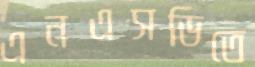
এনএসডিতে